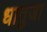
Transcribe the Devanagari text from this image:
धातुजा